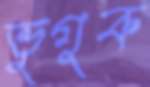
ভুগুক